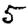
Digit: 5